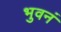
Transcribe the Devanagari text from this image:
भुवनं